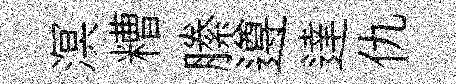
溟糟縢遵達仇